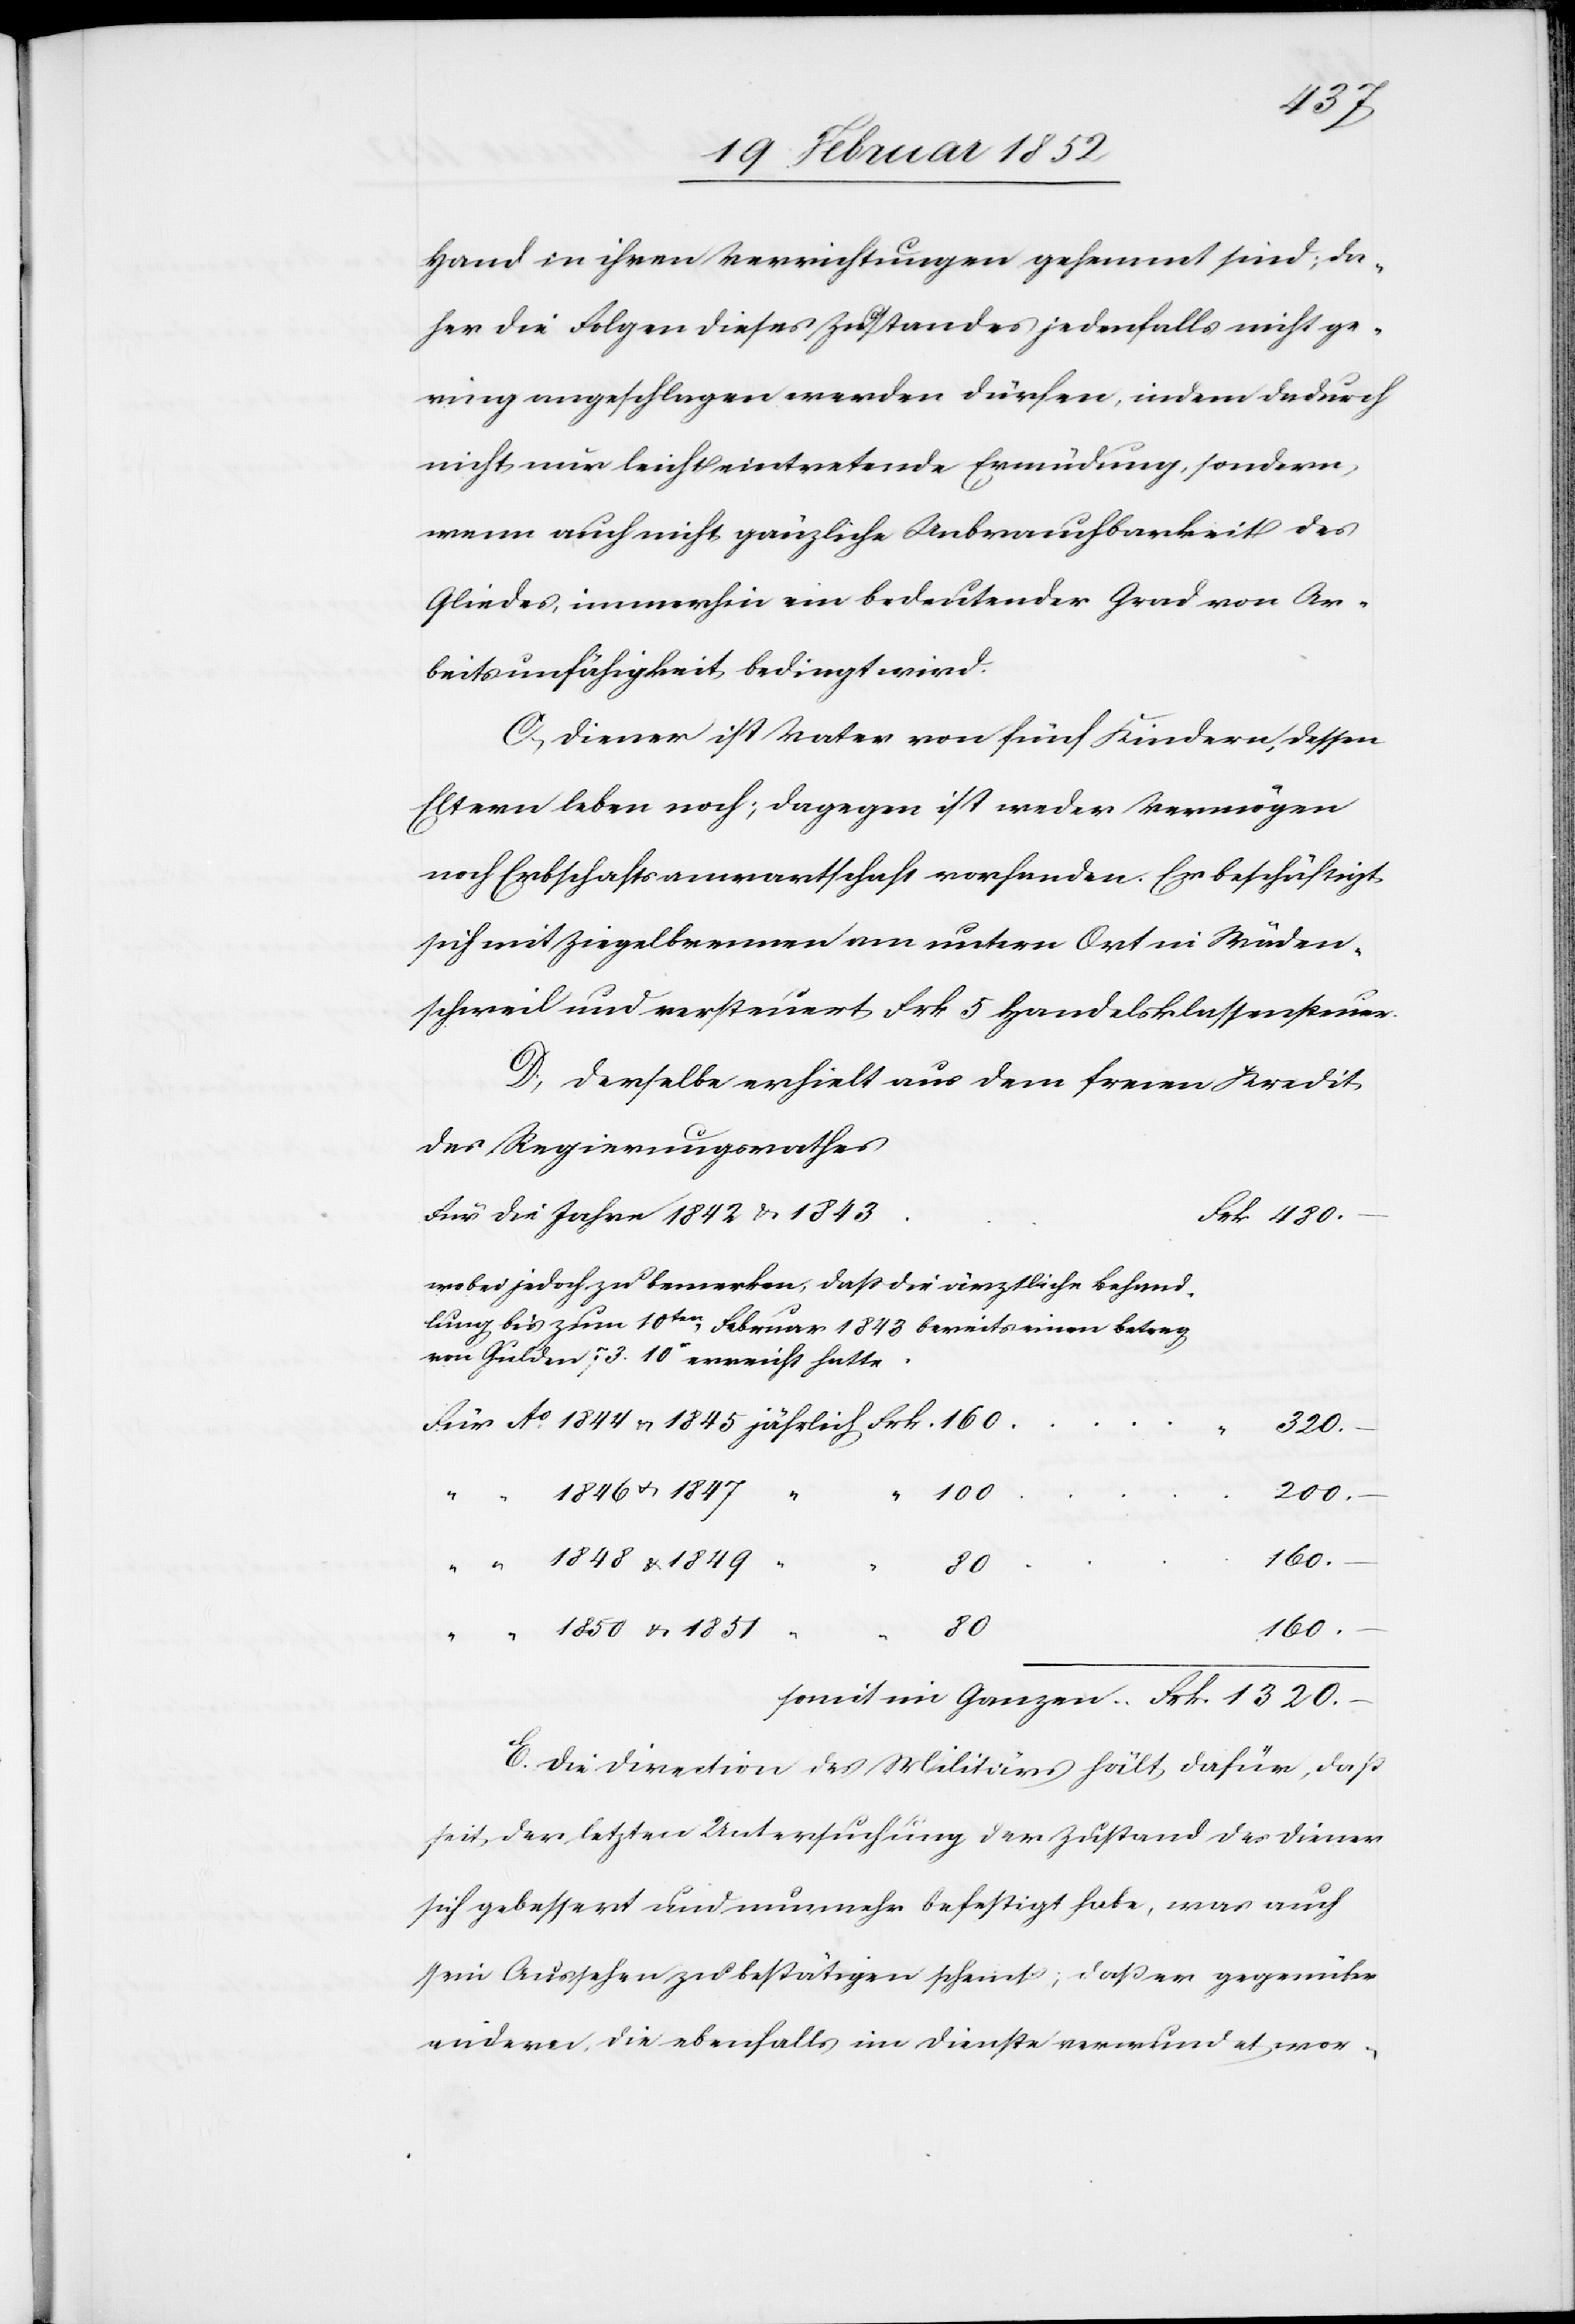
Hand in ihren Verrichtungen gehemmt sind; da¬
her die Folgen dieses Zustandes jedenfalls nicht ge¬
ring angeschlagen werden dürfen, indem dadurch
nicht nur leicht eintretende Ermüdung, sondern
wenn auch nicht gänzliche Unbrauchbarkeit des
Gliedes, immerhin ein bedeutender Grund von Ar¬
beitsunfähigkeit bedingt wird.
C) Diener ist Vater von fünf Kindern, dessen
Eltern leben noch; dagegen ist weder Vermögen
noch Erbschaftsanwartschaft vorhanden. Er beschäftigt
sich mit Ziegelbrennen am untern Ort in Wäden¬
schweil und versteuert Frk. 5 Handelsklassensteuer.
D) Derselbe erhielt aus dem freien Kredit
des Regierungsrathes
Frk. 1320.–
wobei jedoch zu bemerken, daß die ärztliche Behand¬
lung bis zum 10ten Februar 1848 bereits einen Betrag
von Gulden 73. 10x erreicht hatte.
320.–
1846 u. 1847
200.–
u.
1849
80
160.–
Somit
Ganzen
E. Die Direction des Militärs hält dafür, daß
seit der letzten Untersuchung der Zustand des Diener
sich gebessert und nunmehr befestigt habe, was auch
sein Aussehen zu bestätigen scheint, daß er gegenüber
anderer, die ebenfalls im Dienste verwundet wor-